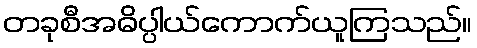
တခုစီအဓိပ္ပါယ်ကောက်ယူကြသည်။